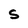
Character: S